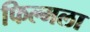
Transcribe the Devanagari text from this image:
फिल्मला